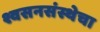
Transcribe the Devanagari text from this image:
श्वसनसंस्थेचा